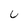
Character: u